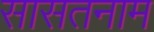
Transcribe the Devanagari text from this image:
सासतनाम